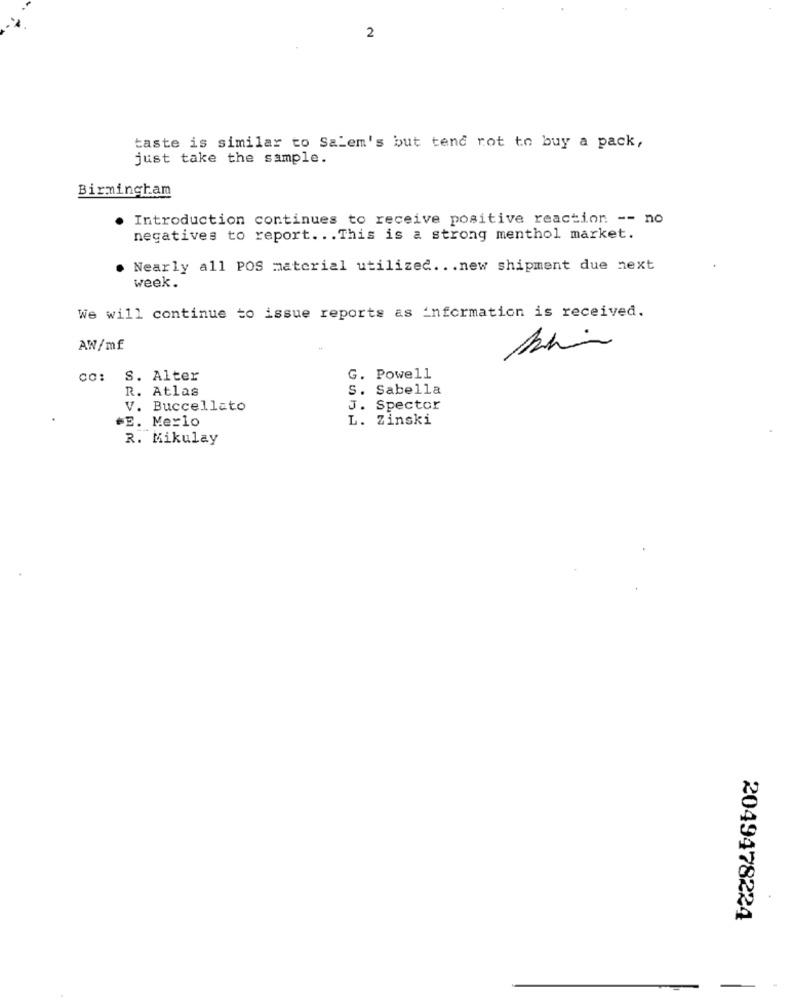
2
taste is similar to Salem's but tend rot to buy a pack,
just take the sample.
Birmingham
Introduction continues to receive positive reaction -- no
negatives to report ... This is a strong menthol market.
Nearly all POS material utilized ... new shipment due next
week.
We will continue to issue reports as information is received.
AW/mf
Co: S. Alter
G. Powell
R. Atlas
S. Sabella
V. Buccellato
J. Spector
*E. Merlo
L. Zinski
R. Mikulay
2049478224